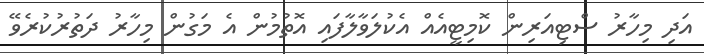
އަދި މިހާރު ސްޓިއަރިން ކޮމިޓީއެއް އެކުލަވާލާފައި އޮތުމުން އެ މަގުން މިހާރު ދަތުރުކުރެވޭ